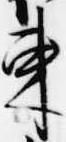
束